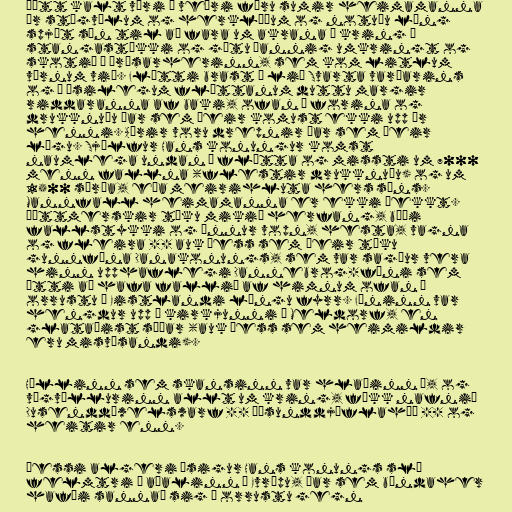
Þótt kalt væri í veðri fóru sumir heimamanna
úr stígvélum og herklæðum og notuðu löng
spjót sín til að fara um akrana í kring á
stangastökki og gátu þannig umkringt og
skotið á árásarherinn, sem kom litlum
vörnum við. Flótti brast á lið Svarta varðarins
og á æsilegum flóttanum duttu margir
riddaranna af baki, ofan í forina og
drukknuðu þar sem þeir komust ekki upp úr
henni. Aðrir voru drepnir þar sem þeir
lágu. Sjálfur Hans konungur komst
naumlega undan á flótta og missti um 7000
menn fallna (flestir drukknuðu) og um
1500 særða, eða meirihluta hers síns.
Mannfall heimamanna er ekki þekkt.
Þéttmerskir tóku mikið herfang, bæði
fallstykki og önnur vopn, hesta, vagna
og fleira -- auk þess sem þeir tóku
gunnfána Danakonungs, sem var sagður vera
hinn upphaflegi Dannebrog-fáni sem
átti að hafa fallið af himnum ofan í
orrustu í Eistlandi löngu fyrr. Fáninn var
hengdur upp í kirkjunni í Meldorf, en
glataðist síðar (auk þess sem heimildir
eru misvísandi).

Hóllinn sem skansinn var hlaðinn á, og
vígvöllurinn allt um kring, fékk nafnið
Dusenddüwelswarf -- Þúsunddjöflahæð -- og
heitir enn.

Þessi algeri ósigur Hans konungs sló
felmtri á aðalinn í Evrópu, þar sem bændaher
hafði sannað sig í orrustu gegn